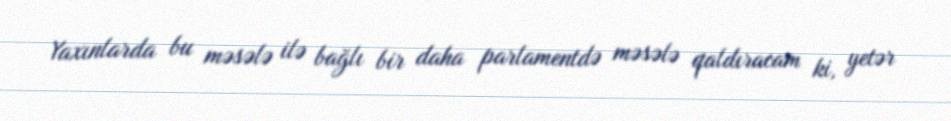
Yaxınlarda bu məsələ ilə bağlı bir daha parlamentdə məsələ qaldıracam ki, yetər